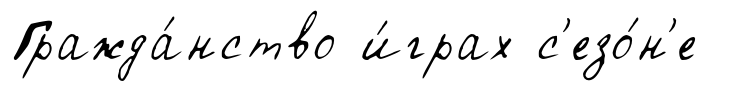
Гражда́нство и́грах с'езо́н'е